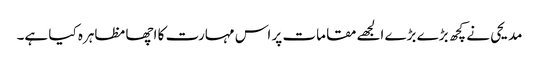
مدیحی نے کچھ بڑے بڑے الجھے مقامات پر اس مہارت کا اچھا مظاہرہ کیا ہے۔